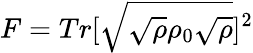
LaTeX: F=Tr[\sqrt{\sqrt{\rho}\rho_{0}\sqrt{\rho}}]^{2}